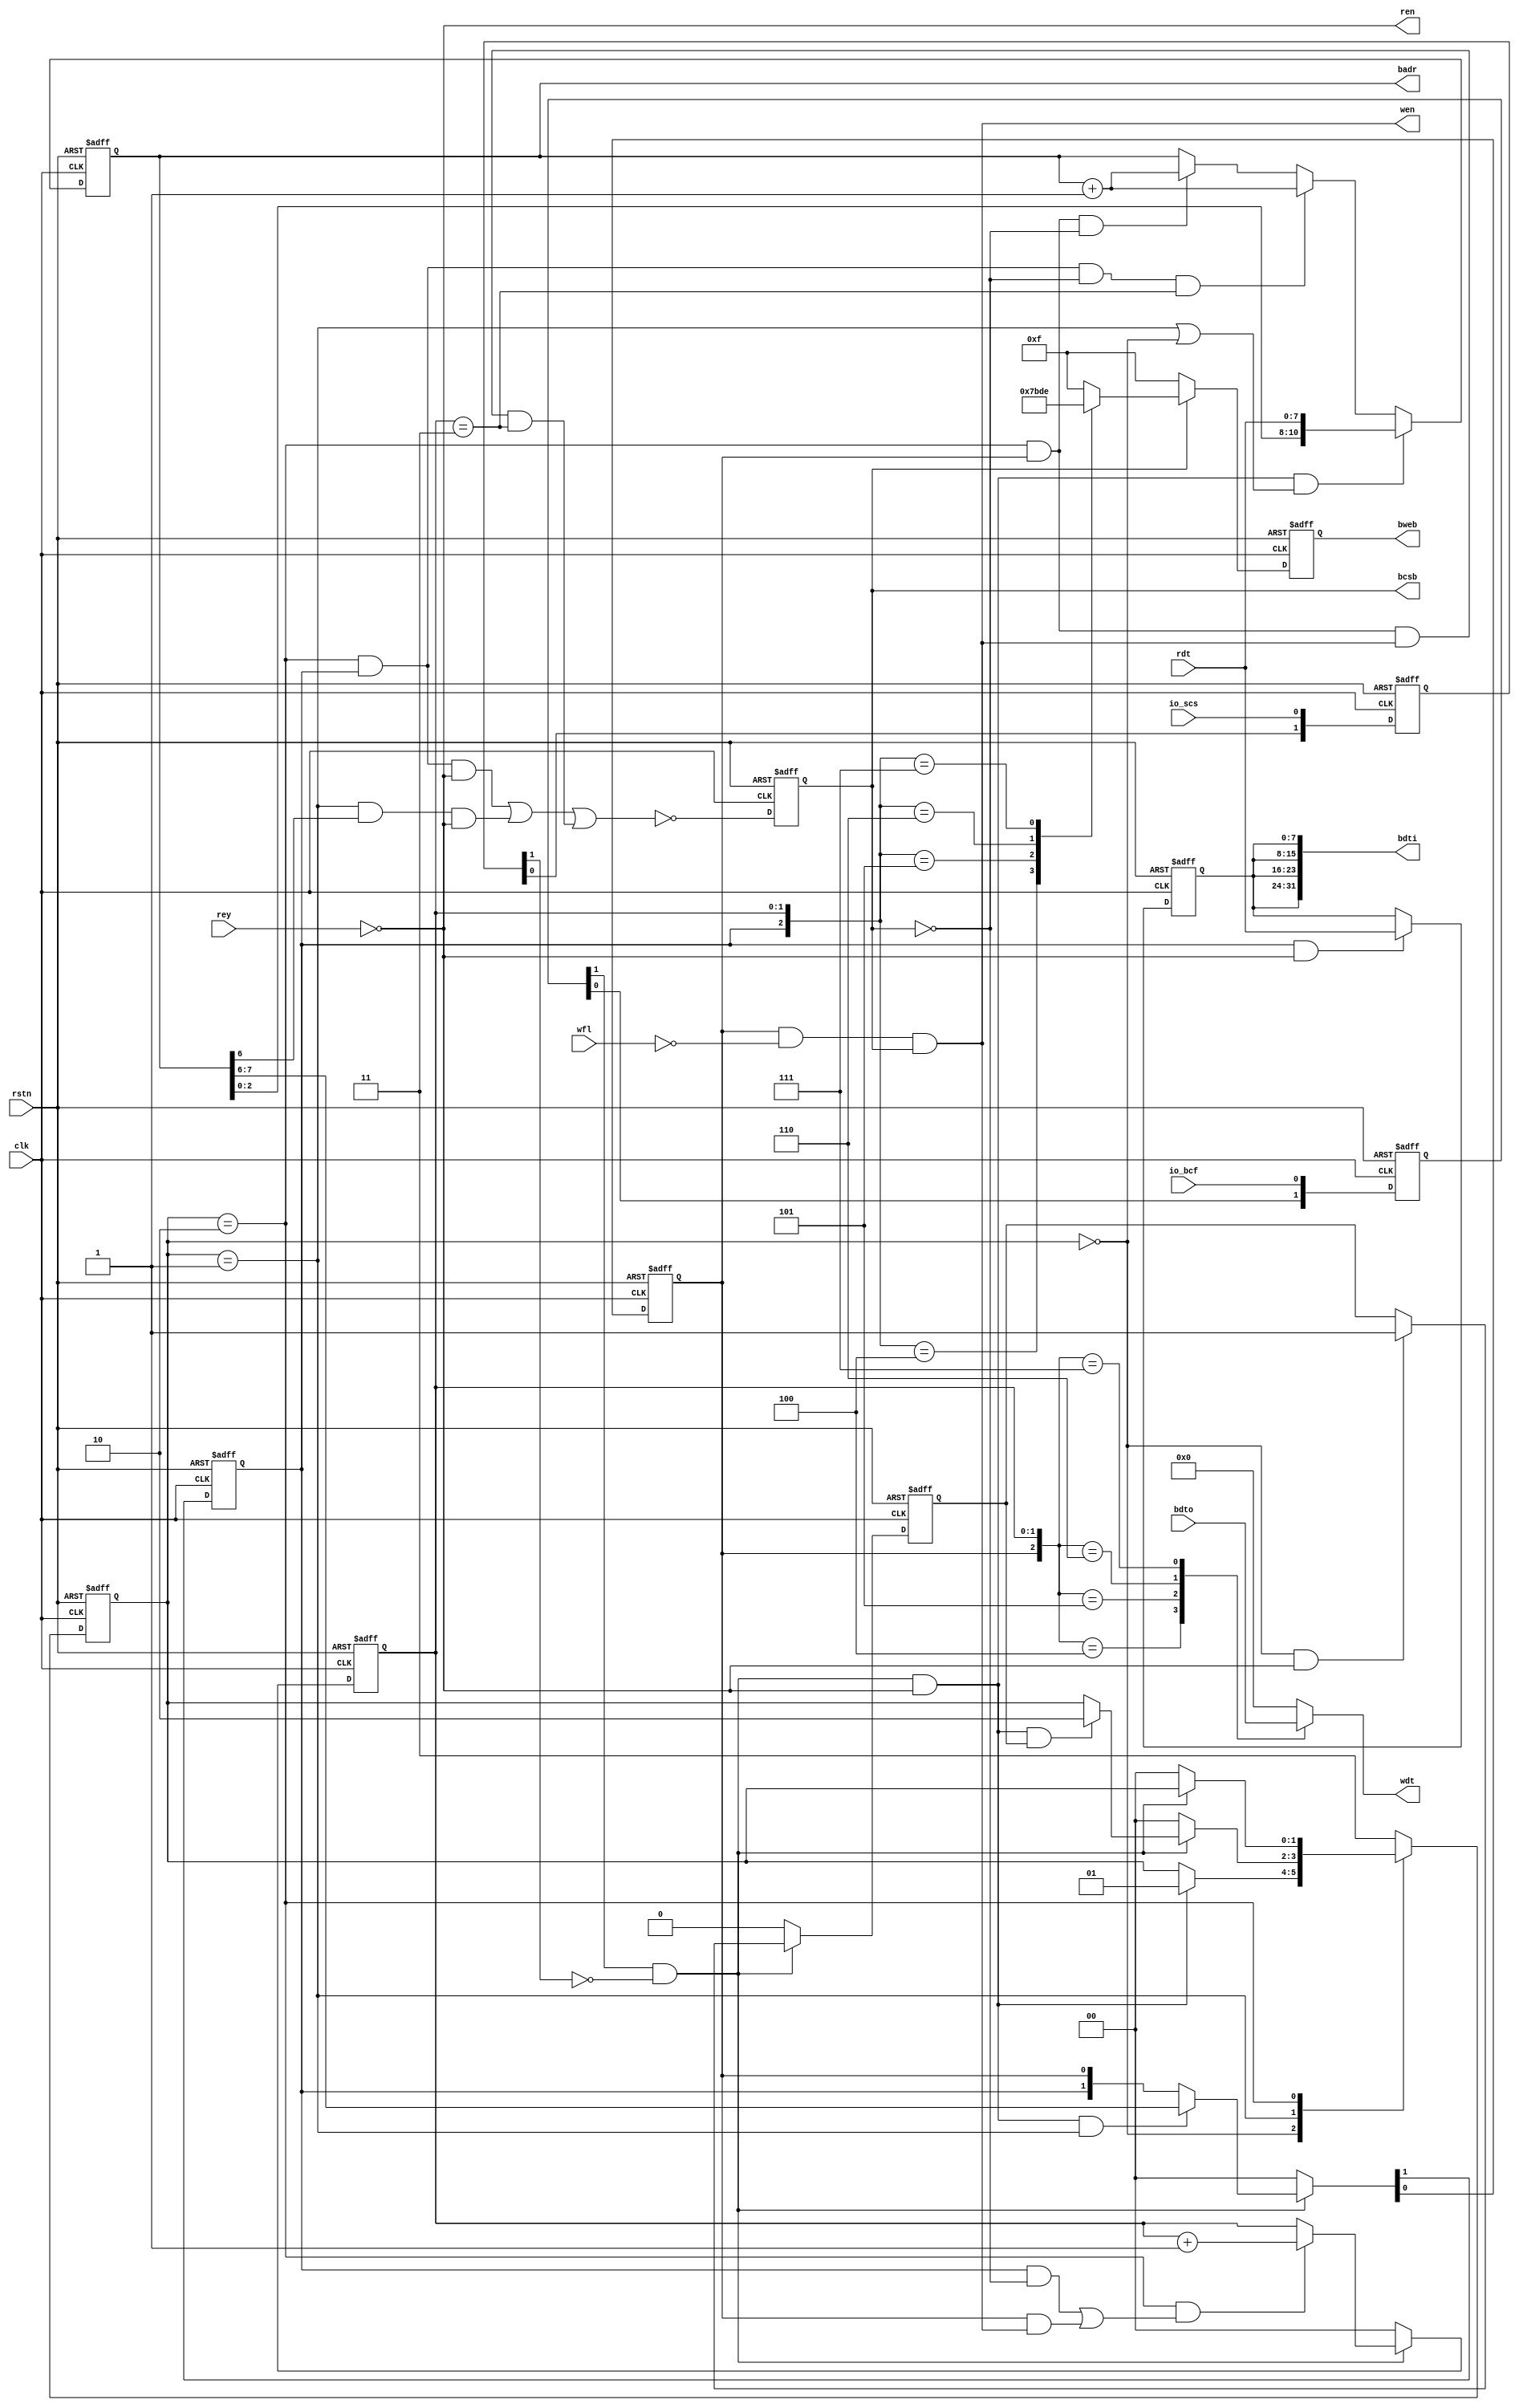
// MIT License
// -----------
// 
// Copyright (c) 2023 Watson Huang (watson.edx@gmail.com)
// Permission is hereby granted, free of charge, to any person
// obtaining a copy of this software and associated documentation
// files (the "Software"), to deal in the Software without
// restriction, including without limitation the rights to use,
// copy, modify, merge, publish, distribute, sublicense, and/or sell
// copies of the Software, and to permit persons to whom the
// Software is furnished to do so, subject to the following
// conditions:
// 
// The above copyright notice and this permission notice shall be
// included in all copies or substantial portions of the Software.
// 
// THE SOFTWARE IS PROVIDED "AS IS", WITHOUT WARRANTY OF ANY KIND,
// EXPRESS OR IMPLIED, INCLUDING BUT NOT LIMITED TO THE WARRANTIES
// OF MERCHANTABILITY, FITNESS FOR A PARTICULAR PURPOSE AND
// NONINFRINGEMENT. IN NO EVENT SHALL THE AUTHORS OR COPYRIGHT
// HOLDERS BE LIABLE FOR ANY CLAIM, DAMAGES OR OTHER LIABILITY,
// WHETHER IN AN ACTION OF CONTRACT, TORT OR OTHERWISE, ARISING
// FROM, OUT OF OR IN CONNECTION WITH THE SOFTWARE OR THE USE OR
// OTHER DEALINGS IN THE SOFTWARE.
// -----------
// SPDX-License-Identifier: MIT

module bspi_bif(

    input         io_bcf,
    input         io_scs,

    output        bcsb,
    output [3:0]  bweb,
    output [10:0] badr,
    output [31:0] bdti,
    input  [31:0] bdto,

    output       ren,
    input  [7:0] rdt,
    input        rey,

    output       wen,
    output [7:0] wdt,
    input        wfl,

    input rstn,
    input clk
);

reg opw, opr;
reg [10:0] bad;
reg [7:0] bwd;
reg [3:0] bwb;
reg [7:0] brd;

reg [3:0] mwb;

reg       baf;
reg [1:0] bof;

reg       bcb;

reg [1:0] bcf;
reg [1:0] scs;

wire      bxfr;

parameter ST_WTD=2'h0;
parameter ST_CFA=2'h1;
parameter ST_DTR=2'h2;
parameter ST_UNK=2'h3;

reg [1:0] st_cr, st_nx;

always@(*) begin
    case(st_cr)
        ST_WTD : st_nx = (bxfr&!rey) ? ST_CFA : st_cr ;
        ST_CFA : st_nx = (!bxfr) ? ST_WTD : (bxfr&!rey&baf) ? ST_DTR : st_cr ;
        ST_DTR : st_nx = (!bxfr) ? ST_WTD : st_cr ;
        default: st_nx = ST_UNK;
    endcase
end

always@(posedge clk or negedge rstn) begin
    if(!rstn) begin
        st_cr <= 2'h0;
    end
    else begin
        st_cr <= st_nx;
    end
end

assign bxfr = bcf[1]&!scs[1];

always@(posedge clk or negedge rstn) begin
    if(!rstn) begin
        bcf <= 2'h0;
        scs <= 2'h0;
    end
    else begin
        bcf <= {bcf[0], io_bcf};
        scs <= {scs[0], io_scs};
    end
end

always@(posedge clk or negedge rstn) begin
    if(!rstn) begin
        baf <= 1'b0;
    end
    else begin
        baf <= (!bxfr) ? 1'b0 : ((st_cr==ST_WTD)&ren) ? 1'b1 : baf;
    end
end

always@(posedge clk or negedge rstn) begin
    if(!rstn) begin
        bof <= 2'h0;
    end
    else begin
        bof <= (!bxfr) ? 2'h0 : ((st_cr==ST_DTR)&((opw&!bcb)|(opr&wen))) ? bof+1 : bof;
    end
end

always@(posedge clk or negedge rstn) begin
    if(!rstn) begin
        {opw, opr} <= {1'b0, 1'b0};
    end
    else begin
        {opw, opr} <= (!bxfr) ? {1'b0, 1'b0} : (bxfr&ren&(st_cr == ST_CFA)) ? {bad[7], bad[6]} : {opw, opr};
    end
end

always@(posedge clk or negedge rstn) begin
    if(!rstn) begin
        bad <= 11'h0;
    end
    else begin
        bad <= (bxfr&ren&((st_cr == ST_CFA)|(st_cr == ST_WTD))) ? {bad[2:0], rdt} :
               ((st_cr == ST_DTR)&opw&!bcb&(bof==2'h3))         ? bad+1           :
               ((st_cr == ST_DTR)&opr&!bcb)                     ? bad+1           :
                                                                  bad             ;
    end
end

always@(posedge clk or negedge rstn) begin
    if(!rstn) begin
        bwd <= 8'h0;
    end
    else begin
        bwd <= (opw&ren) ? rdt : bwd ;
    end
end

always@(*) begin
    case({opw, bof})
        {1'b1, 2'h0} : mwb = 4'h7;
        {1'b1, 2'h1} : mwb = 4'hB;
        {1'b1, 2'h2} : mwb = 4'hD;
        {1'b1, 2'h3} : mwb = 4'hE;
        default      : mwb = 4'hF;
    endcase
end

always@(*) begin
    case({opr, bof})
        {1'b1, 2'h0} : brd = bdto[8*3+:8];
        {1'b1, 2'h1} : brd = bdto[8*2+:8];
        {1'b1, 2'h2} : brd = bdto[8*1+:8];
        {1'b1, 2'h3} : brd = bdto[8*0+:8];
        default      : brd = 8'h0;
    endcase
end

always@(posedge clk or negedge rstn) begin
    if(!rstn) begin
        bcb <= 1'b1;
        bwb <= 4'hF;
    end
    else begin
        bcb <= !(((st_cr == ST_DTR)&opw&ren)                |
                 ((st_cr == ST_CFA)&bad[6]&ren)             | 
                 ((st_cr == ST_DTR)&opr&wen&(bof==2'b11))   );
        bwb <= (!bcb) ? 4'hF : mwb;
    end
end

//======

assign bcsb = bcb;
assign badr = bad;
assign bweb = bwb;
assign bdti = {4{bwd}};

assign ren = !rey;
assign wen = opr&!wfl&bcb;
assign wdt = brd;

endmodule